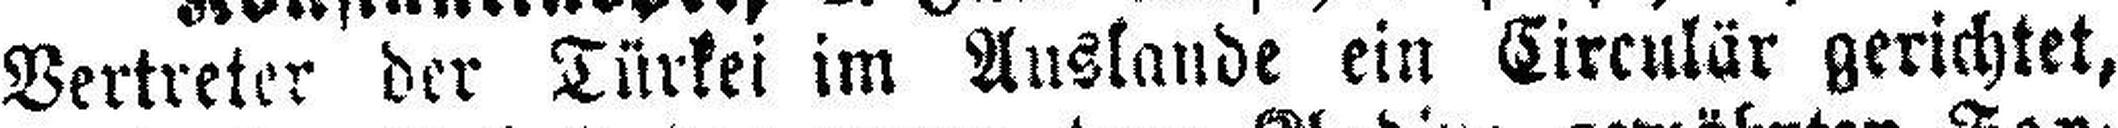
Vertreter der Türkei im Auslande ein Circulär gerichtet,